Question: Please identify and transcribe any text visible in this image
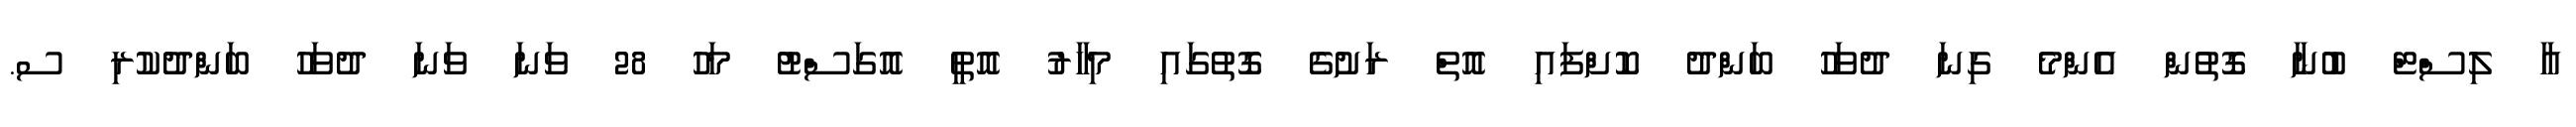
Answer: އާ ލިސްޓް ބުނާ ގޮތުން އެންމެ ގިނަ ދުވަހު ބަންދު ކޮށްފައި އޮތް ރަށުގެ ގޮތުގައި މިހާރު އޮތީ އޮގަސްޓު މަހު 28 ވަނަ ވަނަ ދުވަހު ބަންދުކުރި ސ.